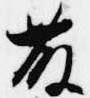
藤